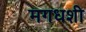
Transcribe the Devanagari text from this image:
मगधशी